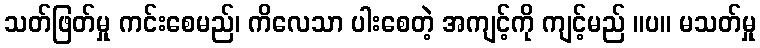
သတ်ဖြတ်မှု ကင်းစေမည်၊ ကိလေသာ ပါးစေတဲ့ အကျင့်ကို ကျင့်မည် ။ပ။ မသတ်မှု